Source: Handwritten
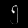
Digit: ၅ (5)